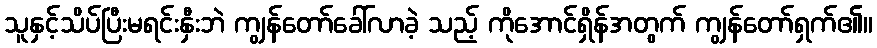
သူနှင့်သိပ်ပြီးမရင်းနှီးဘဲ ကျွန်တော်ခေါ်လာခဲ့ သည့် ကိုအောင်ရှိန်အတွက် ကျွန်တော်ရှက်၏။